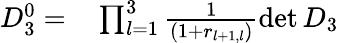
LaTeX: \begin{array}{rl}{D_{3}^{0}=}&{{}\prod_{l=1}^{3}\frac{1}{(1+r_{l+1,l})}\operatorname*{det}D_{3}}\end{array}